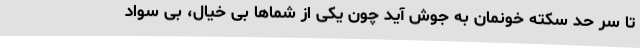
تا سر حد سکته خونمان به جوش آید چون یکی از شماها بی خیال، بی سواد